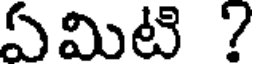
ఏమిటి ?